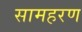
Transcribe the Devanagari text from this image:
सामहरण